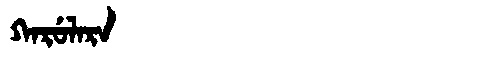
Manchu: ᡴᠠᡵᡠᠯᠠᡵᠠ
Romanization: KARULARA